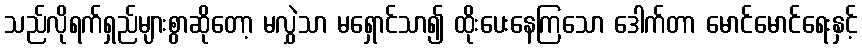
သည်လိုရက်ရှည်များစွာဆိုတော့ မလွှဲသာ မရှောင်သာ၍ ထိုးပေးနေကြသော ဒေါက်တာ မောင်မောင်ရေးနှင့်